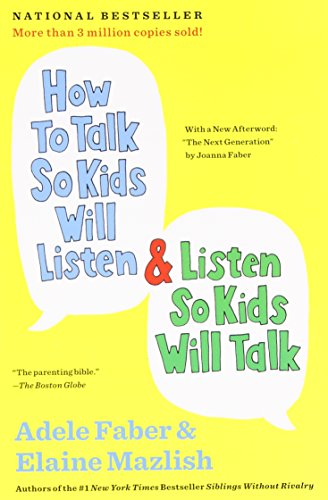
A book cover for How to Talk So Kids Will Listen & Listen So Kids Will Talk; Adele Faber; Parenting & Relationships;